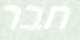
חבר